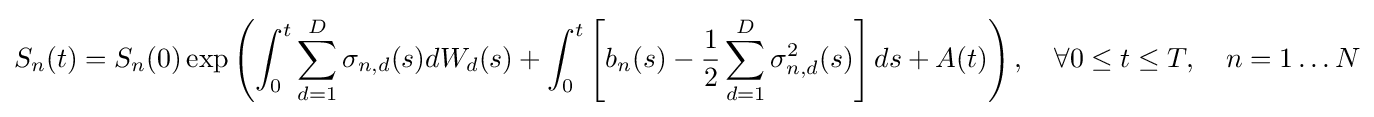
S_{n}(t)=S_{n}(0)\exp \left(\int _{0}^{t}\sum _{d=1}^{D}\sigma _{n,d}(s)dW_{d}(s)+\int _{0}^{t}\left[b_{n}(s)-{\frac {1}{2}}\sum _{d=1}^{D}\sigma _{n,d}^{2}(s)\right]ds+A(t)\right),\quad \forall 0\leq t\leq T,\quad n=1\ldots N